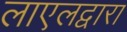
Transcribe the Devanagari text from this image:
लाएलद्वारा